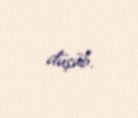
düşüb.